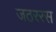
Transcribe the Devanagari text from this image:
जठररस